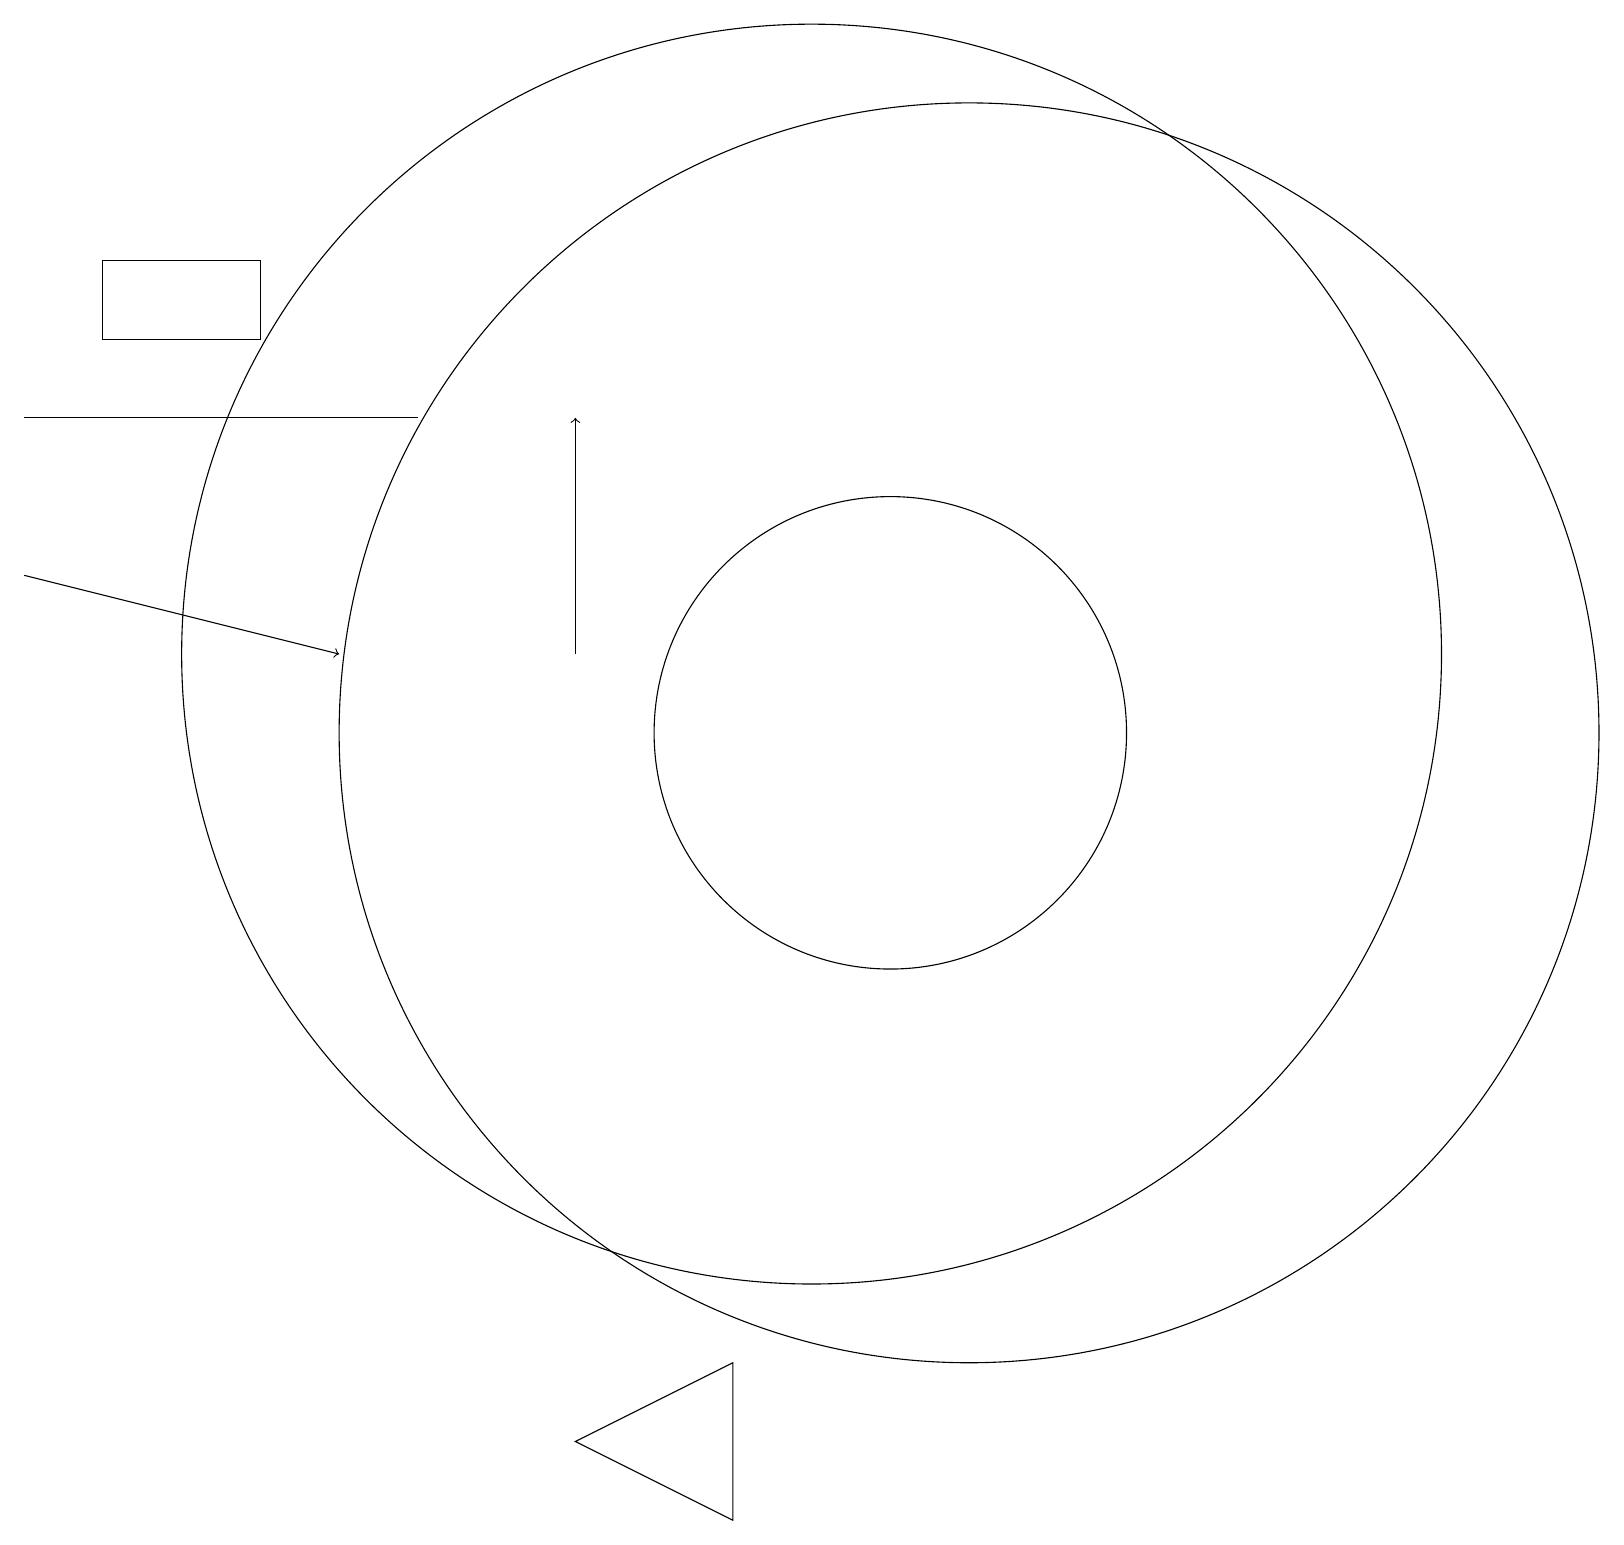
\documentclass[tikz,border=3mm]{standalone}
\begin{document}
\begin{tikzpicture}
\draw (1,15) rectangle (3,16);
\draw (12,10) circle (8);
\draw (10,11) circle (8);
\draw[->] (0,12) -- (4,11);
\draw (0,14) rectangle (5,14);
\draw (7,1) -- (9,2) -- (9,0) -- cycle;
\draw (11,10) circle (3);
\draw[->] (7,11) -- (7,14);
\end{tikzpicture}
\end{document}